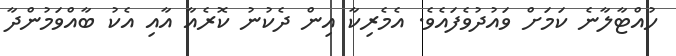
ހުއްޓާލާނެ ކަމަށް ވައުދުވެފައެވެ. އެމެރިކާ އިން ދެކުނު ކޮރެއާ އާއި އެކު ބާއްވަމުންދާ